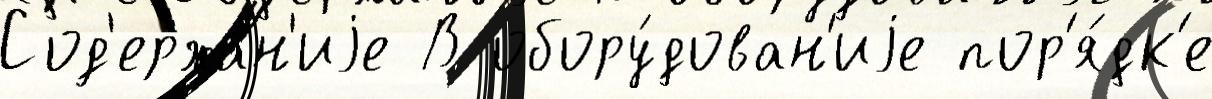
Сод'ержа́н'иjе В обору́дован'иjе пор'я́дк'е